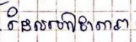
ដែលហៅថាតារា